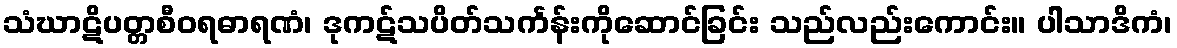
သံဃာဋိပတ္တစီဝရဓာရဏံ၊ ဒုကဋ်သပိတ်သင်္ကန်းကိုဆောင်ခြင်း သည်လည်းကောင်း။ ပါသာဒိကံ၊